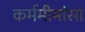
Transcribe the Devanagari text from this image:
कर्ममीमांसा